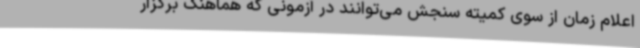
اعلام زمان از سوی کمیته سنجش می‌توانند در آزمونی که هماهنگ برگزار